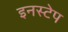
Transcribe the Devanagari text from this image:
इनस्टेप